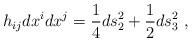
LaTeX: \begin{align*}h_{ij} dx^i dx^j = {1\over 4} ds_2^2 + {1\over 2} ds_3^2\ ,\end{align*}